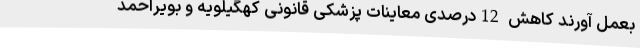
بعمل آورند کاهش 12درصدی معاینات پزشکی قانونی کهگیلویه و بویراحمد